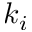
k _ { i }